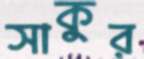
সাকুর